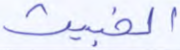
الخبيث